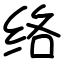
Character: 络